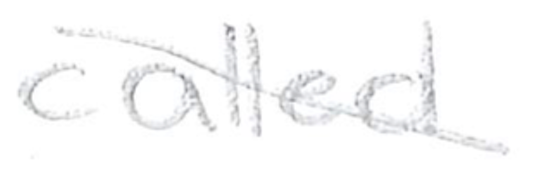
Text: called
Cross-out: diagonal
Writing tool: pencil